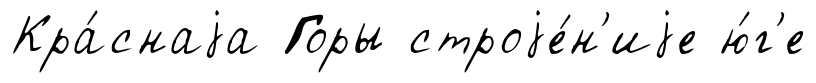
Кра́снаjа Горы строjе́н'иjе ю́г'е